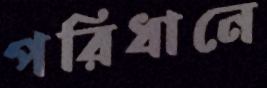
পরিধানে